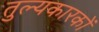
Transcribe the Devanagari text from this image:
तुल्यकारकों